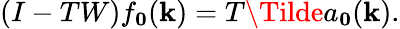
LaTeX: (I-TW)f_{\mathbf{0}}(\mathbf{k})=T\Tilde{a}_{\mathbf{0}}(\mathbf{k}).